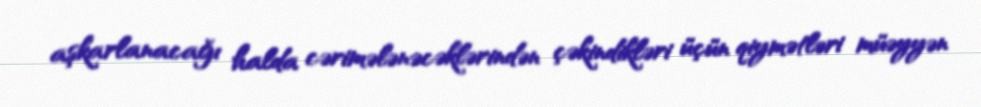
aşkarlanacağı halda cərimələnəcəklərindən çəkindikləri üçün qiymətləri müəyyən